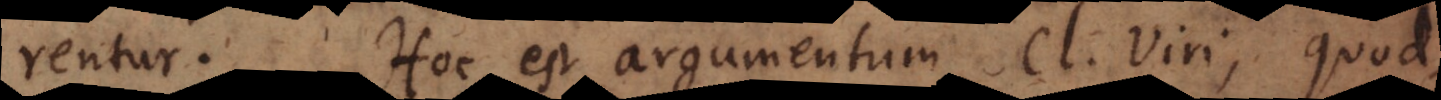
rentur. Hoc est argumentum Cl. Viri, quod